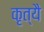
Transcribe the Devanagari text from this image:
कृत्यै